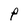
Character: P